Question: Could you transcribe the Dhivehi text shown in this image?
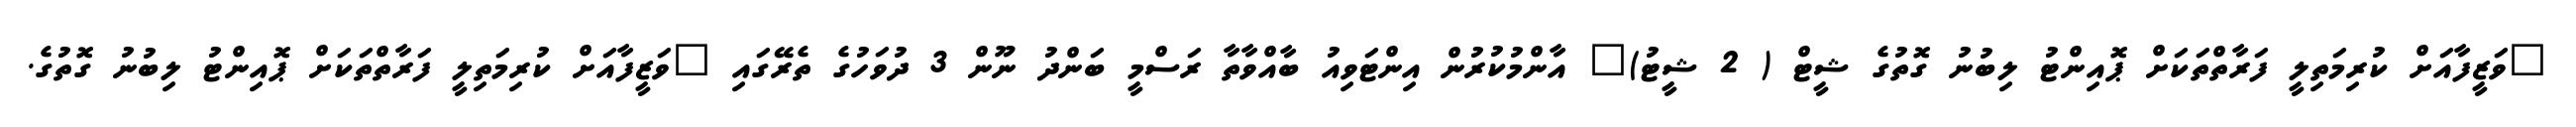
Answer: "ވަޒީފާއަށް ކުރިމަތިލީ ފަރާތްތަކަށް ޕޮއިންޓު ލިބުނު ގޮތުގެ ޝީޓް ( 2 ޝީޓު)" އާންމުކުރުން އިންޓަވިއު ބާއްވާތާ ރަސްމީ ބަންދު ނޫން 3 ދުވަހުގެ ތެރޭގައި "ވަޒީފާއަށް ކުރިމަތިލީ ފަރާތްތަކަށް ޕޮއިންޓު ލިބުނު ގޮތުގެ.